Report of the Bombay Veterinary College
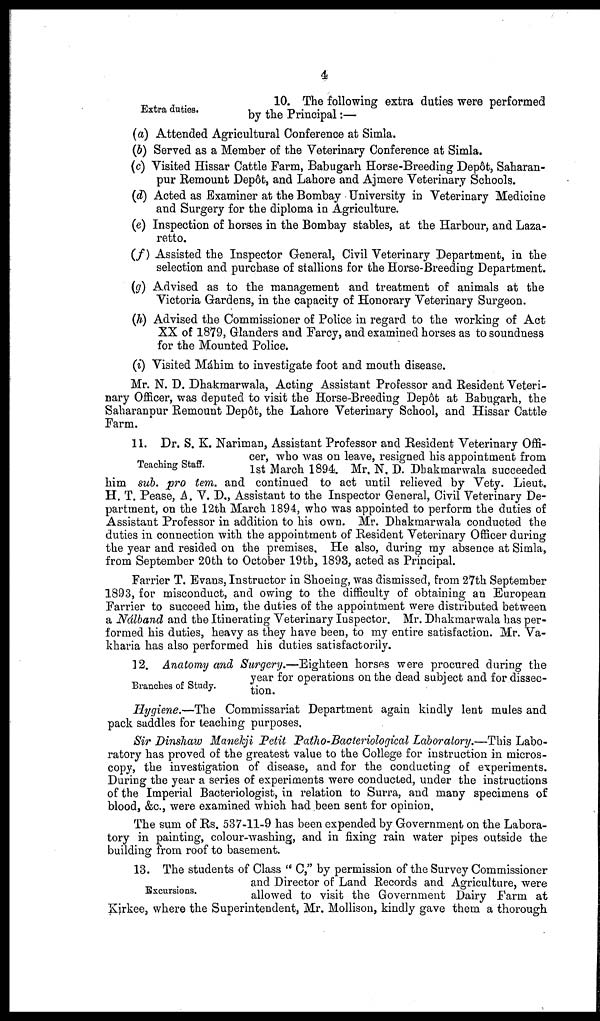
4
Extra duties.
10. The following extra duties were performed
by the Principal :—
(a) Attended Agricultural Conference at Simla.
(b) Served as a Member of the Veterinary Conference at Simla.
(c) Visited Hissar Cattle Farm, Babugarh Horse-Breeding Depôt, Saharan¬
pur Remount Depôt, and Lahore and Ajmere Veterinary Schools.
(d) Acted as Examiner at the Bombay University in Veterinary Medicine
and Surgery for the diploma in Agriculture.
(e) Inspection of horses in the Bombay stables, at the Harbour, and Laza-
retto.
(f) Assisted the Inspector General, Civil Veterinary Department, in the
selection and purchase of stallions for the Horse-Breeding Department.
(g) Advised as to the management and treatment of animals at the
Victoria Gardens, in the capacity of Honorary Veterinary Surgeon.
(h) Advised the Commissioner of Police in regard to the working of Act
XX of 1879, Glanders and Farcy, and examined horses as to soundness
for the Mounted Police.
(i) Visited Máhim to investigate foot and mouth disease.
Mr. N. D. Dhakmarwala, Acting Assistant Professor and Resident Veteri-
nary Officer, was deputed to visit the Horse-Breeding Depôt at Babugarh, the
Saharanpur Remount Depôt, the Lahore Veterinary School, and Hissar Cattle
Farm.
Teaching Staff.
11. Dr. S. K. Nariman, Assistant Professor and Resident Veterinary Offi-
cer, who was on leave, resigned his appointment from
1st March 1894. Mr. N. D. Dhakmarwala succeeded
him sub. pro tem. and continued to act until relieved by Vety. Lieut.
H. T. Pease, A. V. D., Assistant to the Inspector General, Civil Veterinary De-
partment, on the 12th March 1894, who was appointed to perform the duties of
Assistant Professor in addition to his own. Mr. Dhakmarwala conducted the
duties in connection with the appointment of Resident Veterinary Officer during
the year and resided on the premises. He also, during my absence at Simla,
from September 20th to October 19th, 1893, acted as Principal.
Farrier T. Evans, Instructor in Shoeing, was dismissed, from 27th September
1893, for misconduct, and owing to the difficulty of obtaining an European
Farrier to succeed him, the duties of the appointment were distributed between
a Nálband and the Itinerating Veterinary Inspector. Mr. Dhakmarwala has per-
formed his duties, heavy as they have been, to my entire satisfaction. Mr. Va-
kharia has also performed his duties satisfactorily.
Branches of Study.
12. Anatomy and Surgery.—Eighteen horses were procured during the
year for operations on the dead subject and for dissec-
tion.
Hygiene.—The Commissariat Department again kindly lent mules and
pack saddles for teaching purposes.
Sir Dinshaw Manekji Petit Patho-Bacteriological Laboratory.—This Labo-
ratory has proved of the greatest value to the College for instruction in micros-
copy, the investigation of disease, and for the conducting of experiments.
During the year a series of experiments were conducted, under the instructions
of the Imperial Bacteriologist, in relation to Surra, and many specimens of
blood, &c., were examined which had been sent for opinion.
The sum of Rs. 537-11-9 has been expended by Government on the Labora-
tory in painting, colour-washing, and in fixing rain water pipes outside the
building from roof to basement.
Excursions.
13. The students of Class "C," by permission of the Survey Commissioner
and Director of Land Records and Agriculture, were
allowed to visit the Government Dairy Farm at
Kirkee, where the Superintendent, Mr. Mollison, kindly gave them a thorough